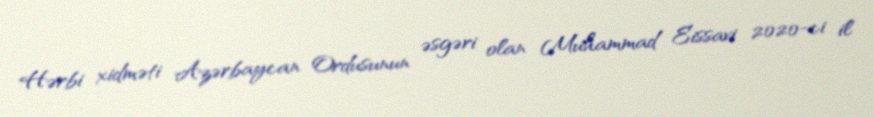
Hərbi xidməti Azərbaycan Ordusunun əsgəri olan Muhammad Eissavi 2020-ci il